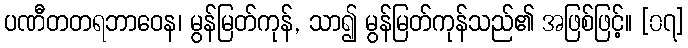
ပဏီတတရဘာဝေန၊ မွန်မြတ်ကုန်, သာ၍ မွန်မြတ်ကုန်သည်၏ အဖြစ်ဖြင့်။ [၀၇]